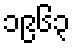
၁၉၆၃